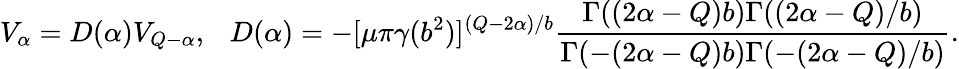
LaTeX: V_{\alpha}=D(\alpha)V_{Q-\alpha},~~~D(\alpha)=-[\mu\pi\gamma(b^{2})]^{(Q-2\alpha)/b}\frac{\Gamma((2\alpha-Q)b)\Gamma((2\alpha-Q)/b)}{\Gamma(-(2\alpha-Q)b)\Gamma(-(2\alpha-Q)/b)}.